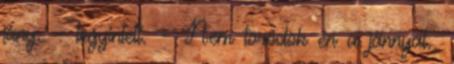
jány. - legyintett. - Nem törődök én a jánnyal.,